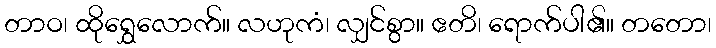
တာဝ၊ ထိုရွှေလောက်။ လဟုကံ၊ လျှင်စွာ။ ဧတိ၊ ရောက်ပါ၏။ တတော၊